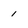
Character: 1